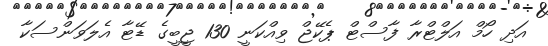
އަދި ހޯމް އަލްޓްރާ ފާސްޓް ޕެކޭޖް ވިއްކަނީ 130 ޖީބީގެ ޑޭޓާ އެލަވަންސަކާ